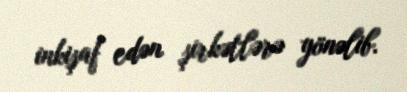
inkişaf edən şirkətlərə yönəlib.